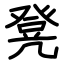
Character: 凳